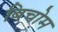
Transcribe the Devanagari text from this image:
बिचोम